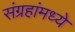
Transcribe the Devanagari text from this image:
संग्रहांमध्ये